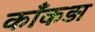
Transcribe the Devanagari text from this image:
काँकड़ा